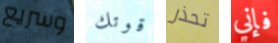
وسريع قوتك تحذر فإني